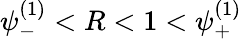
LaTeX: \psi_{-}^{(1)}<R<1<\psi_{+}^{(1)}